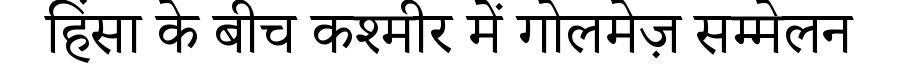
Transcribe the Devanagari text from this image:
हिंसा के बीच कश्मीर में गोलमेज़ सम्मेलन